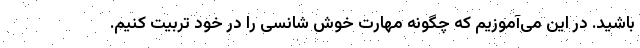
باشید. در این می‌آموزیم که چگونه مهارت خوش شانسی را در خود تربیت کنیم.